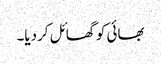
بھائی کو گھائل کردیا۔